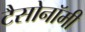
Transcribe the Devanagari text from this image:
टैसोनॉमी